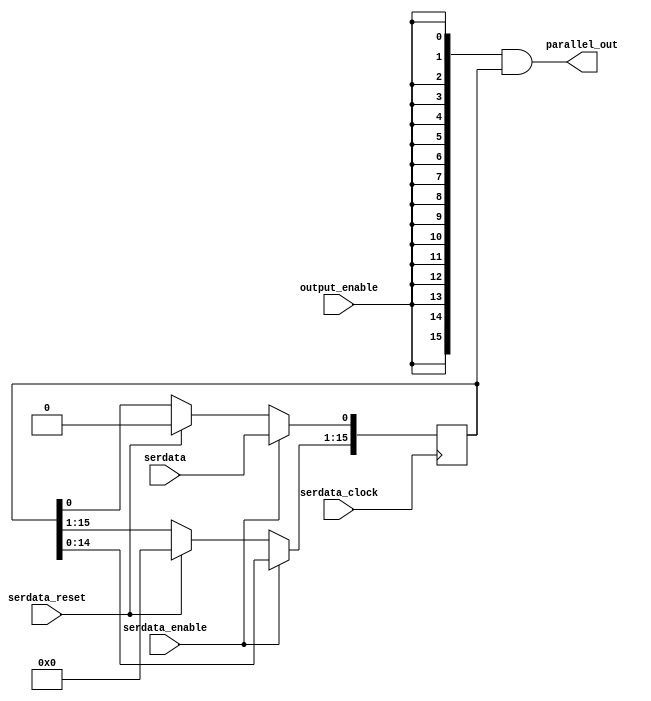
// 16b Shift Register

module sr16(
    input serdata,          // Input Data Line
    input serdata_clock,    // Input Clock
    input serdata_enable,   // Input Enable
    input serdata_reset,    // Reset Internal Register
    input output_enable,    // Enable Outputs
    output wire [15:0] parallel_out  // Outputs
);

reg [15:0] shifted_data = 16'd0;    // Internal Data

always @(posedge serdata_clock) begin
    if(serdata_reset == 1) begin
        shifted_data <= 16'd0;
    end
    // Shift data left and then add the new
    // state bit to the zero position
    if(serdata_enable == 1) begin
        shifted_data <= shifted_data << 1;
        shifted_data[0] <= serdata;
    end
end

assign parallel_out = {16{output_enable}} & shifted_data;

endmodule